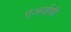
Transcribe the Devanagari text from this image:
एआईबी